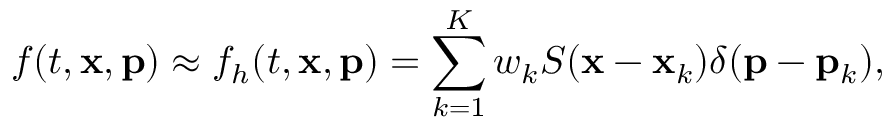
f ( t , { \mathbf x } , { \mathbf p } ) \approx f _ { h } ( t , { \mathbf x } , { \mathbf p } ) = \sum _ { k = 1 } ^ { K } w _ { k } S ( { \mathbf x } - { \mathbf x } _ { k } ) \delta ( { \mathbf p } - { \mathbf p } _ { k } ) ,